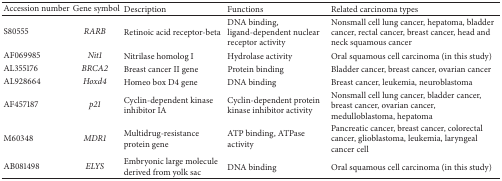
<table><thead><tr><td><b>Accession number</b></td><td><b>Gene symbol</b></td><td><b>Description</b></td><td><b>Functions</b></td><td><b>Related carcinoma types</b></td></tr></thead><tbody><tr><td>S80555</td><td><i>RARB </i></td><td>Retinoic acid receptor-beta</td><td>DNA binding, ligand-dependent nuclear receptor activity</td><td>Nonsmall cell lung cancer, hepatoma, bladder cancer, rectal cancer, breast cancer, head and neck squamous cancer</td></tr><tr><td>AF069985</td><td><i>Nit1 </i></td><td>Nitrilase homolog I</td><td>Hydrolase activity</td><td>Oral squamous cell carcinoma (in this study)</td></tr><tr><td>AL355176</td><td><i>BRCA2 </i></td><td>Breast cancer II gene</td><td>Protein binding</td><td>Bladder cancer, breast cancer, ovarian cancer</td></tr><tr><td>AL928664</td><td><i>Hoxd4 </i></td><td>Homeo box D4 gene</td><td>DNA binding</td><td>Breast cancer, leukemia, neuroblastoma</td></tr><tr><td>AF457187</td><td><i>p21 </i></td><td>Cyclin-dependent kinase inhibitor IA</td><td>Cyclin-dependent protein kinase inhibitor activity</td><td>Nonsmall cell lung cancer, bladder cancer, breast cancer, ovarian cancer, medulloblastoma, hepatoma</td></tr><tr><td>M60348</td><td><i>MDR1 </i></td><td>Multidrug-resistance protein gene</td><td>ATP binding, ATPase activity</td><td>Pancreatic cancer, breast cancer, colorectal cancer, glioblastoma, leukemia, laryngeal cancer cell</td></tr><tr><td>AB081498</td><td><i>ELYS </i></td><td>Embryonic large molecule derived from yolk sac</td><td>DNA binding</td><td>Oral squamous cell carcinoma (in this study)</td></tr></tbody></table>